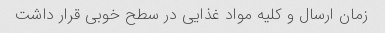
زمان ارسال و کلیه مواد غذایی در سطح خوبی قرار داشت